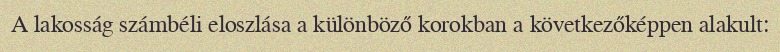
A lakosság számbéli eloszlása a különböző korokban a következőképpen alakult: